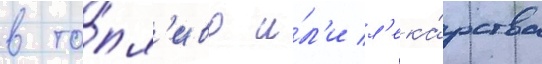
в то́пл'иво и́л'и л'ека́рства